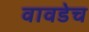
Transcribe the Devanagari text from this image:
वावडेच